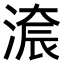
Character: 𣺚